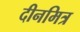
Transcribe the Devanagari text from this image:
दीनमित्र